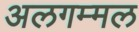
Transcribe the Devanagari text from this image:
अलगम्मल